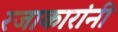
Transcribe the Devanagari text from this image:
रजाकारांनी